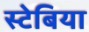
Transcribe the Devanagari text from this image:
स्टेबिया